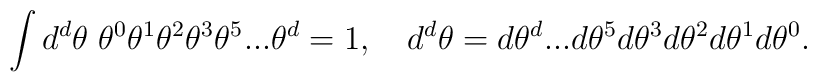
\int d^d \theta \;\theta^0 \theta^1 \theta^2 \theta^3 \theta^5 ... \theta^d = 1, \quad  d^d \theta = d \theta^d ... d \theta^5 d \theta^3 d \theta^2 d \theta^1 d \theta^0.